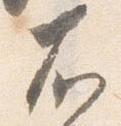
右